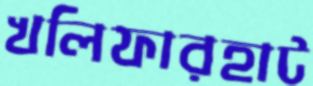
খলিফারহাট